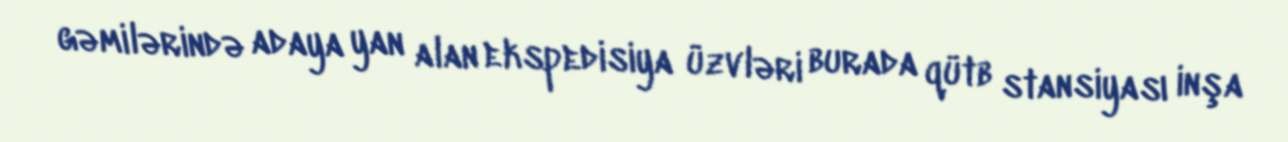
gəmilərində adaya yan alan ekspedisiya üzvləri burada qütb stansiyası inşa